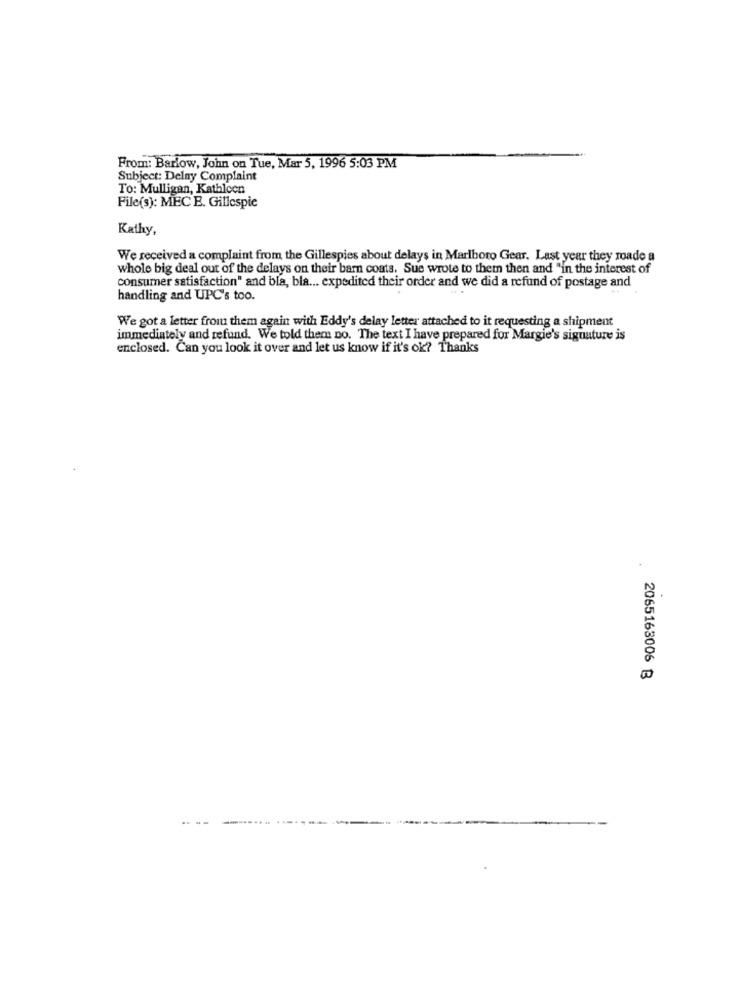
From: Barlow, John on Tue, Mar 5, 1996 5:03 PM
Subject: Delay Complaint
To: Mulligan, Kathleen
File(s): MECE. Gillespie
Kathy,
We received a complaint from the Gillespies about delays in Marlboro Gear. Last year they made a
whole big deal out of the delays on their barn coats. Sue wrote to them then and "in the interest of
consumer satisfaction" and bla, bla ... expedited their order and we did a refund of postage and
handling and UPC's too.
We got a letter from them again with Eddy's delay letter attached to it requesting a shipment
immediately and refund. We told them no. The text I have prepared for Margie's signature is
enclosed. Can you look it over and let us know if it's ok? Thanks
2065163006 B